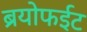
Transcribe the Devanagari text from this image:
ब्रयोफईट